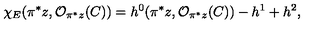
\chi _ { E } ( \pi ^ { * } z , { \cal O } _ { \pi ^ { * } z } ( C ) ) = h ^ { 0 } ( \pi ^ { * } z , { \cal O } _ { \pi ^ { * } z } ( C ) ) - h ^ { 1 } + h ^ { 2 } ,